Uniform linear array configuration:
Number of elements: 8
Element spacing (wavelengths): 0.5
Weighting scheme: blackman
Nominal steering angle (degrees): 45
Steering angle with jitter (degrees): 45.195
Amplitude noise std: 0.05
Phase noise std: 0.05

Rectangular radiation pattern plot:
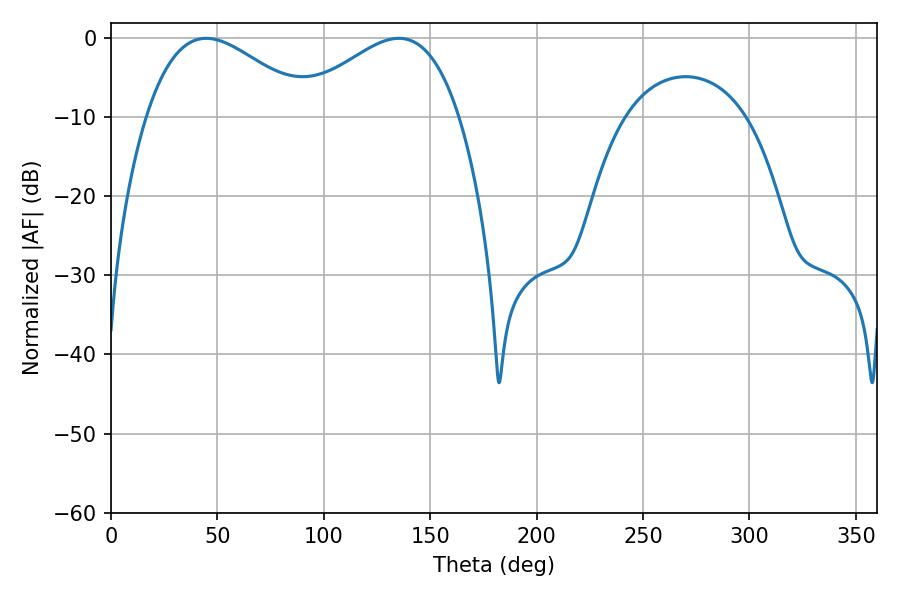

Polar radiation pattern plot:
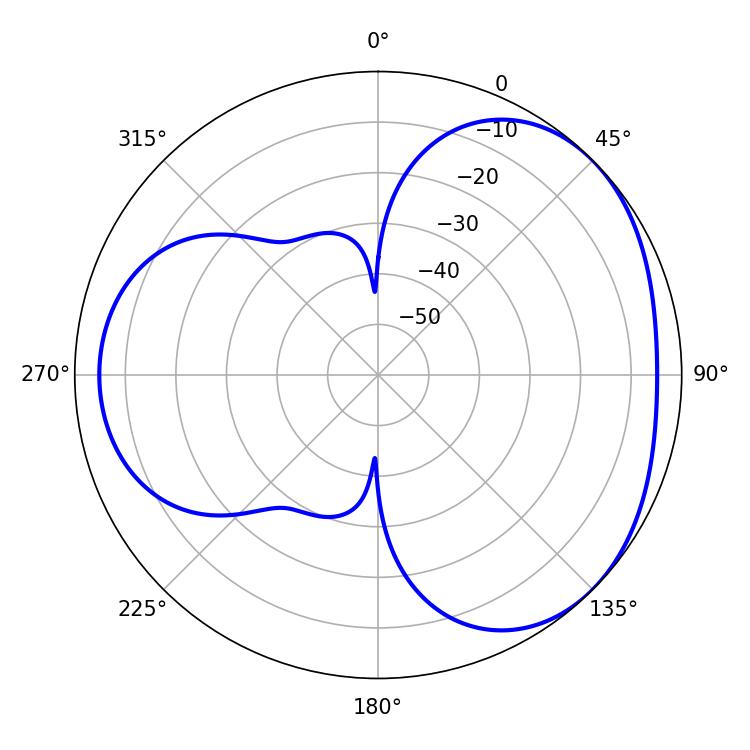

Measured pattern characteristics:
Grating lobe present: FALSE
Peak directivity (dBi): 3.419
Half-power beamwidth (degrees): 41.94
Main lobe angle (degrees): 135.18